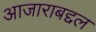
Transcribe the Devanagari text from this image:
आजाराबद्दल